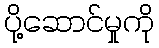
ပို့ဆောင်မှုကို